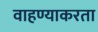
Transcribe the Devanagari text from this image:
वाहण्याकरता